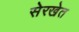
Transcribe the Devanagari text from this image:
सेरखेत